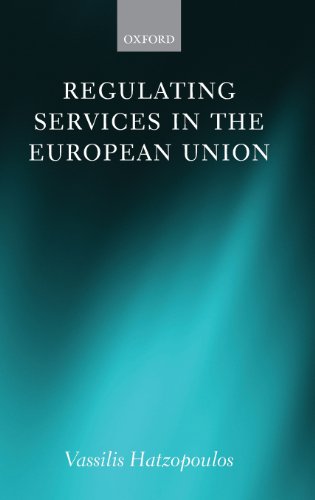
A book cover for Regulating Services in the European Union; Vassilis Hatzopoulos; Law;